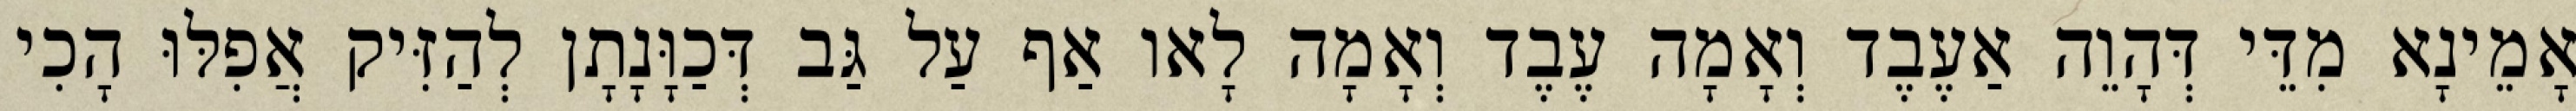
אָמֵינָא מִדֵּי דְּהָוֵה אַעֶבֶד וְאָמָה עֶבֶד וְאָמָה לָאו אַף עַל גַּב דְּכַוָּנָתָן לְהַזִּיק אֲפִלּוּ הָכִי